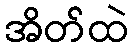
အိတ်ထဲ